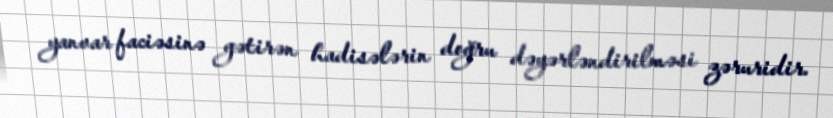
yanvar faciəsinə gətirən hadisələrin doğru dəyərləndirilməsi zəruridir.